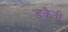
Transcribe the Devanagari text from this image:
डक़ैती